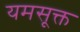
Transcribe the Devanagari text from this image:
यमसूक्त